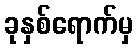
ခုနှစ်ရောက်မှ